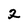
Character: 2